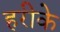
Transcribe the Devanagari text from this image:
हरीके